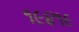
૧૯૪૧૯